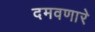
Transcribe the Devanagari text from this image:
दमवणारे